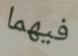
فيهما